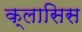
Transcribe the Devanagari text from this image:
क्लासिस